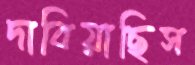
দাবিয়াছিস